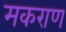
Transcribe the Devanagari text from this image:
मकराण